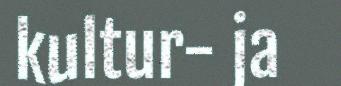
kultur- ja